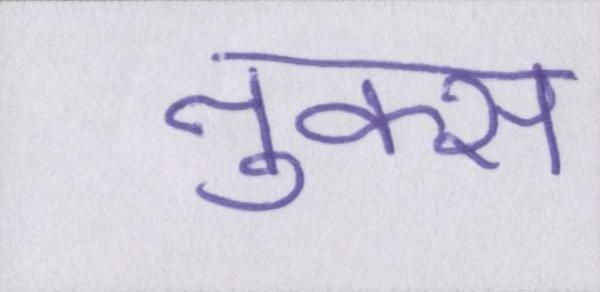
नुक्स